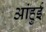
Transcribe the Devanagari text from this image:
आंहुई